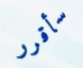
سأقرر